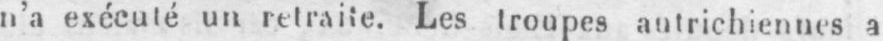
n’a exécuté un retraite. Les troupes autrichiennes a